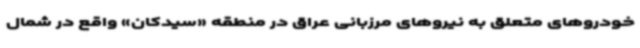
خودروهای متعلق به نیروهای مرزبانی عراق در منطقه «سیدکان» واقع در شمال